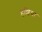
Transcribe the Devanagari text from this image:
हशिया